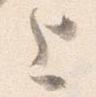
上